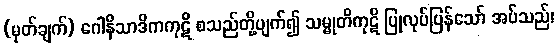
(မှတ်ချက်) ဂေါနိသာဒိကကုဋိ စသည်တို့ပျက်၍ သမ္မုတိကုဋိ ပြုလုပ်ပြန်သော် အပ်သည်၊